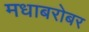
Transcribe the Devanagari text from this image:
मधाबरोबर